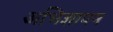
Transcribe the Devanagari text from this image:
अभिज्ञापन